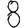
Digit: 8